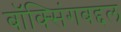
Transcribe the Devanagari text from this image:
बॉक्सिंगबद्दल